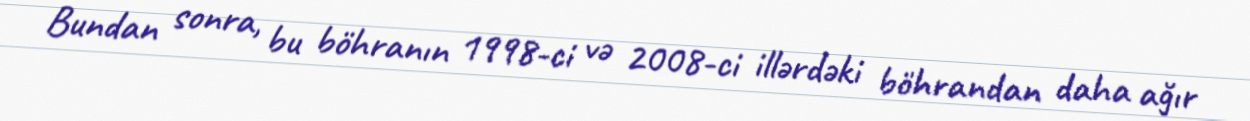
Bundan sonra, bu böhranın 1998-ci və 2008-ci illərdəki böhrandan daha ağır